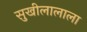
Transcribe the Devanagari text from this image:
सुखीलालाला